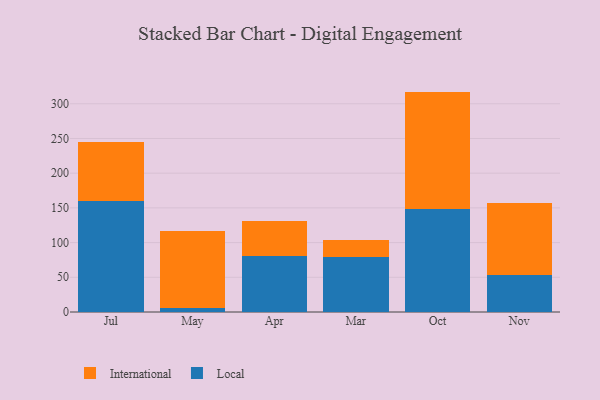
{"axis": {"x": "Month", "y": "Gross Profit (USD K)"}, "legend": ["International", "Local"], "data": [{"x": "Jul", "y": 159.4, "type": "Local"}, {"x": "Jul", "y": 86.0, "type": "International"}, {"x": "May", "y": 5.7, "type": "Local"}, {"x": "May", "y": 110.7, "type": "International"}, {"x": "Apr", "y": 80.4, "type": "Local"}, {"x": "Apr", "y": 50.5, "type": "International"}, {"x": "Mar", "y": 78.8, "type": "Local"}, {"x": "Mar", "y": 24.5, "type": "International"}, {"x": "Oct", "y": 149.0, "type": "Local"}, {"x": "Oct", "y": 168.5, "type": "International"}, {"x": "Nov", "y": 53.9, "type": "Local"}, {"x": "Nov", "y": 102.5, "type": "International"}]}